Annual report on the Civil Veterinary Department, Burma (including the Insein Veterinary School) - 1923-1931
Year: 1923
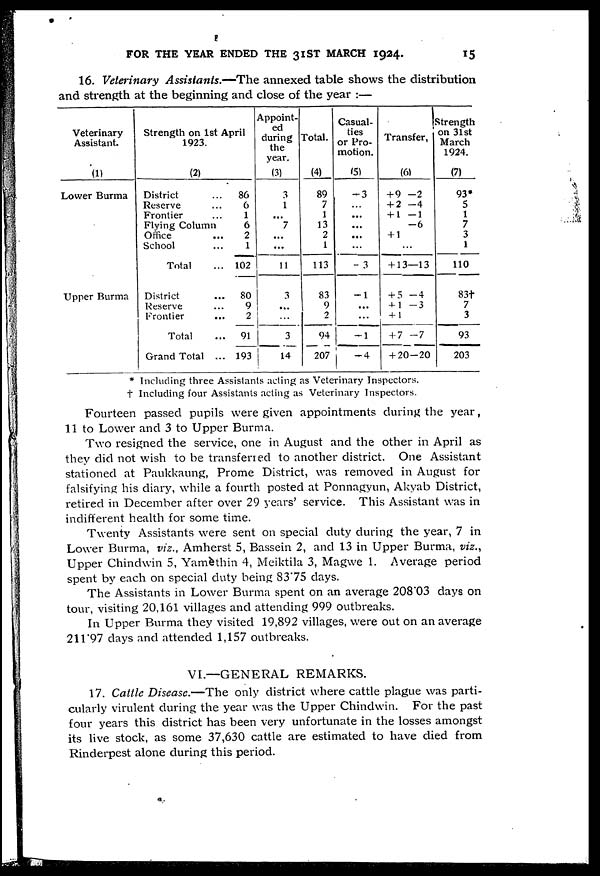
FOR THE YEAR ENDED THE 31ST MARCH 1924.
15
16. Veterinary Assistants.—The annexed table shows the distribution
and strength at the beginning and close of the year :—
Veterinary
Assistant.
(1)
Lower Burma
Upper Burma
Strength on 1st April
1923.
(2)
District
...
86
Reserve
...
6
Frontier
...
1
Flying Column
6
Office
...
2
School
...
1
Total
... 102
District
...
80
Reserve
...
9
Frontier
...
2
Total
...
91
Grand Total ... 193
Appoint-
ed
during
the
year.
(3)
3
1
...
7
...
...
11
3
...
...
3
14
Total.
(4)
89
7
1
13
2
1
113
83
9
2
94
207
Casual-
ties
or Pro-
motion.
(5)
-3
...
...
...
...
...
- 3
-1
...
...
-1
-4
Transfer.
(6)
+ 9 -2
+ 2 -4
+ 1 -1
-6
+ 1
...
+ 13—13
+ 5 -4
+ 1 -3
+ 1
+ 7 -7
+ 20-20
Strength
on 31st
March
1924.
(7)
93*
5
1
7
3
1
110
83†
7
3
93
203
* Including three Assistants acting as Veterinary Inspectors.
† Including four Assistants acting as Veterinary Inspectors.
Fourteen passed pupils were given appointments during the year,
11 to Lower and 3 to Upper Burma.
Two resigned the service, one in August and the other in April as
they did not wish to be transferred to another district. One Assistant
stationed at Paukkaung, Prome District, was removed in August for
falsifying his diary, while a fourth posted at Ponnagyun, Akyab District,
retired in December after over 29 years' service. This Assistant was in
indifferent health for some time.
Twenty Assistants were sent on special duty during the year, 7 in
Lower Burma, viz., Amherst 5, Bassein 2, and 13 in Upper Burma, viz.,
Upper Chindwin 5, Yamethin 4, Meiktila 3, Magwe 1. Average period
spent by each on special duty being 83'75 days.
The Assistants in Lower Burma spent on an average 208.03 days on
tour, visiting 20,161 villages and attending 999 outbreaks.
In Upper Burma they visited 19,892 villages, were out on an average
211.97 days and attended 1,157 outbreaks.
VI.—GENERAL REMARKS.
17. Cattle Disease.—The only district where cattle plague was parti-
cularly virulent during the year was the Upper Chindwin. For the past
four years this district has been very unfortunate in the losses amongst
its live stock, as some 37,630 cattle are estimated to have died from
Rinderpest alone during this period.